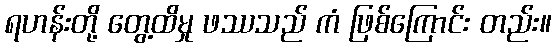
ရဟန်းတို့ တွေ့ထိမှု ဖဿသည် ကံ ဖြစ်ကြောင်း တည်း။